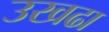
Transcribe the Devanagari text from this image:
उखढा